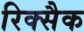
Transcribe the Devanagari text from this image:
रिक्सैक